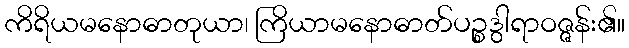
ကိရိယမနောဓာတုယာ၊ ကြိယာမနောဓာတ်ပဉ္စဒွါရာဝဇ္ဇန်း၏။